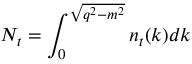
N _ { t } = \int _ { 0 } ^ { \sqrt { q ^ { 2 } - m ^ { 2 } } } n _ { t } ( k ) d k